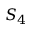
S _ { 4 }